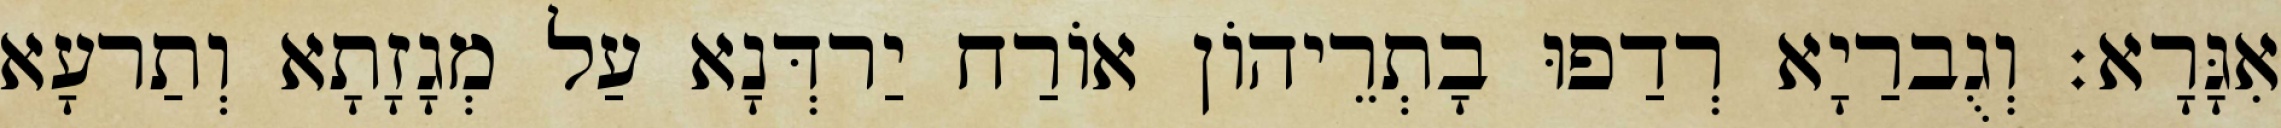
אִגָּרָא׃ וְגֻברַיָא רְדַפוּ בָתְרֵיהוֹן אוֹרַח יַרדְּנָא עַל מְגָזָתָא וְתַרעָא